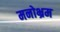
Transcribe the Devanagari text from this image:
मनोभ्रम